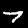
Digit: 7